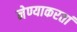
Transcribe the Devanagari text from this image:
नेण्याकरतां